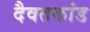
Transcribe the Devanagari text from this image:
दैवतकांड